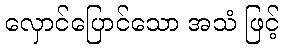
လှောင်ပြောင်သော အသံ ဖြင့်